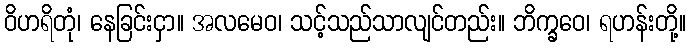
ဝိဟရိတုံ၊ နေခြင်းငှာ။ အလမေဝ၊ သင့်သည်သာလျင်တည်း။ ဘိက္ခဝေ၊ ရဟန်းတို့။